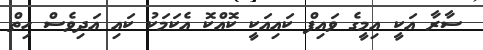
ސާރާ އަކީ އިމީގެ ވައިފް ކައިއަކީ ކޮއްކޮ އެކަމަކު ކައި އަދިވެސް ހިތް